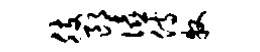
肢郎僖侍牧